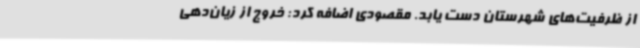
از ظرفیت‌های شهرستان دست یابد. مقصودی اضافه کرد: خروج از زیان‌دهی